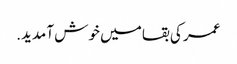
عمر کی بقا میں خوش آمدید.